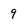
Character: 9